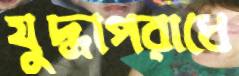
যুদ্ধাপরাধে